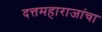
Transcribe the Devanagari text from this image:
दत्तमहाराजांचा